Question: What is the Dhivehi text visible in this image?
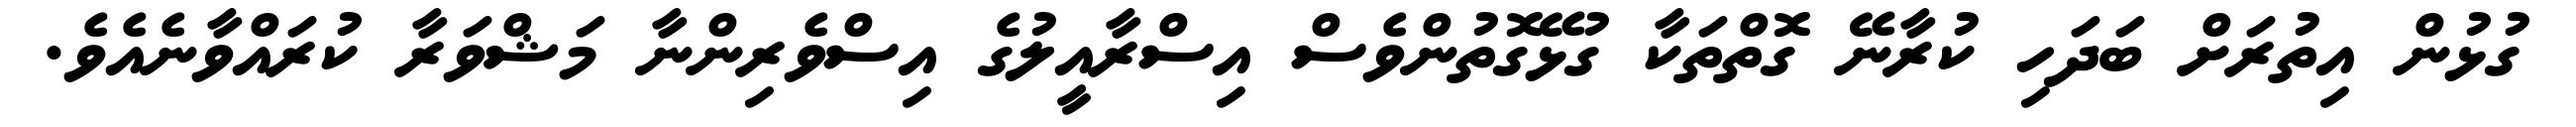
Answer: ގުޅުން އިތުރަށް ބަދަހި ކުރާނޭ ގޮތްތަކާ ގުޅޭގޮތުންވެސް އިސްރާއީލުގެ އިސްވެރިންނާ މަޝްވަރާ ކުރައްވާނެއެވެ.